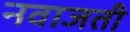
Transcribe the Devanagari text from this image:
नवाजती